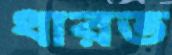
ধারত